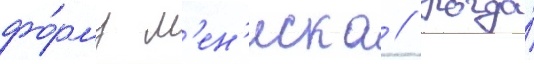
фо́рму м'ен'иска // Когда́